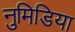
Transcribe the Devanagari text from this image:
नुमिडिया